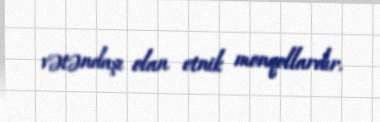
vətəndaşı olan etnik monqollardır.